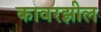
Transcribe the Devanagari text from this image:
कावरझील